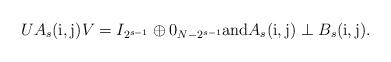
LaTeX: \begin{align*}UA_{s}(\mathrm{i,j})V=I_{2^{s-1}}\oplus 0_{N-2^{s-1}}\hbox{and}A_{s}(\mathrm{i,j})\perp B_s(\mathrm{i,j}).\end{align*}